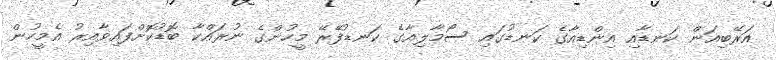
އަރޭބިއަން ކަނޑާއި އިންޑިއާގެ ކަނޑުގައި ސޯމާލިއާގެ ކަނޑުފޭރޭ މީހުންގެ ނުރައްކާ ބޮޑުކޮށްފައިވާއިރު އެމީހުން